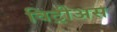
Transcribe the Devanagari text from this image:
विट्रीअस